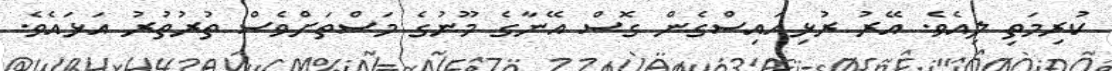
ކުރިމަތި ލިއެވެ. އޭރު ރުޅިއައިސްގެން ގޮސް އޭނާގެ މޫނުގެ މަސްތަށްވެސް ތުރުތުރު އަޅައެވެ.